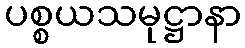
ပစ္စယသမုဋ္ဌာနာ